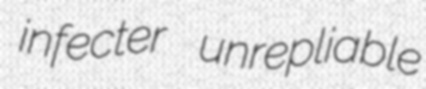
infecter unrepliable